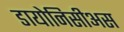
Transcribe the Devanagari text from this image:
डायोनिसीअस